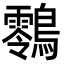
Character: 䴇